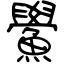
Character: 鱟